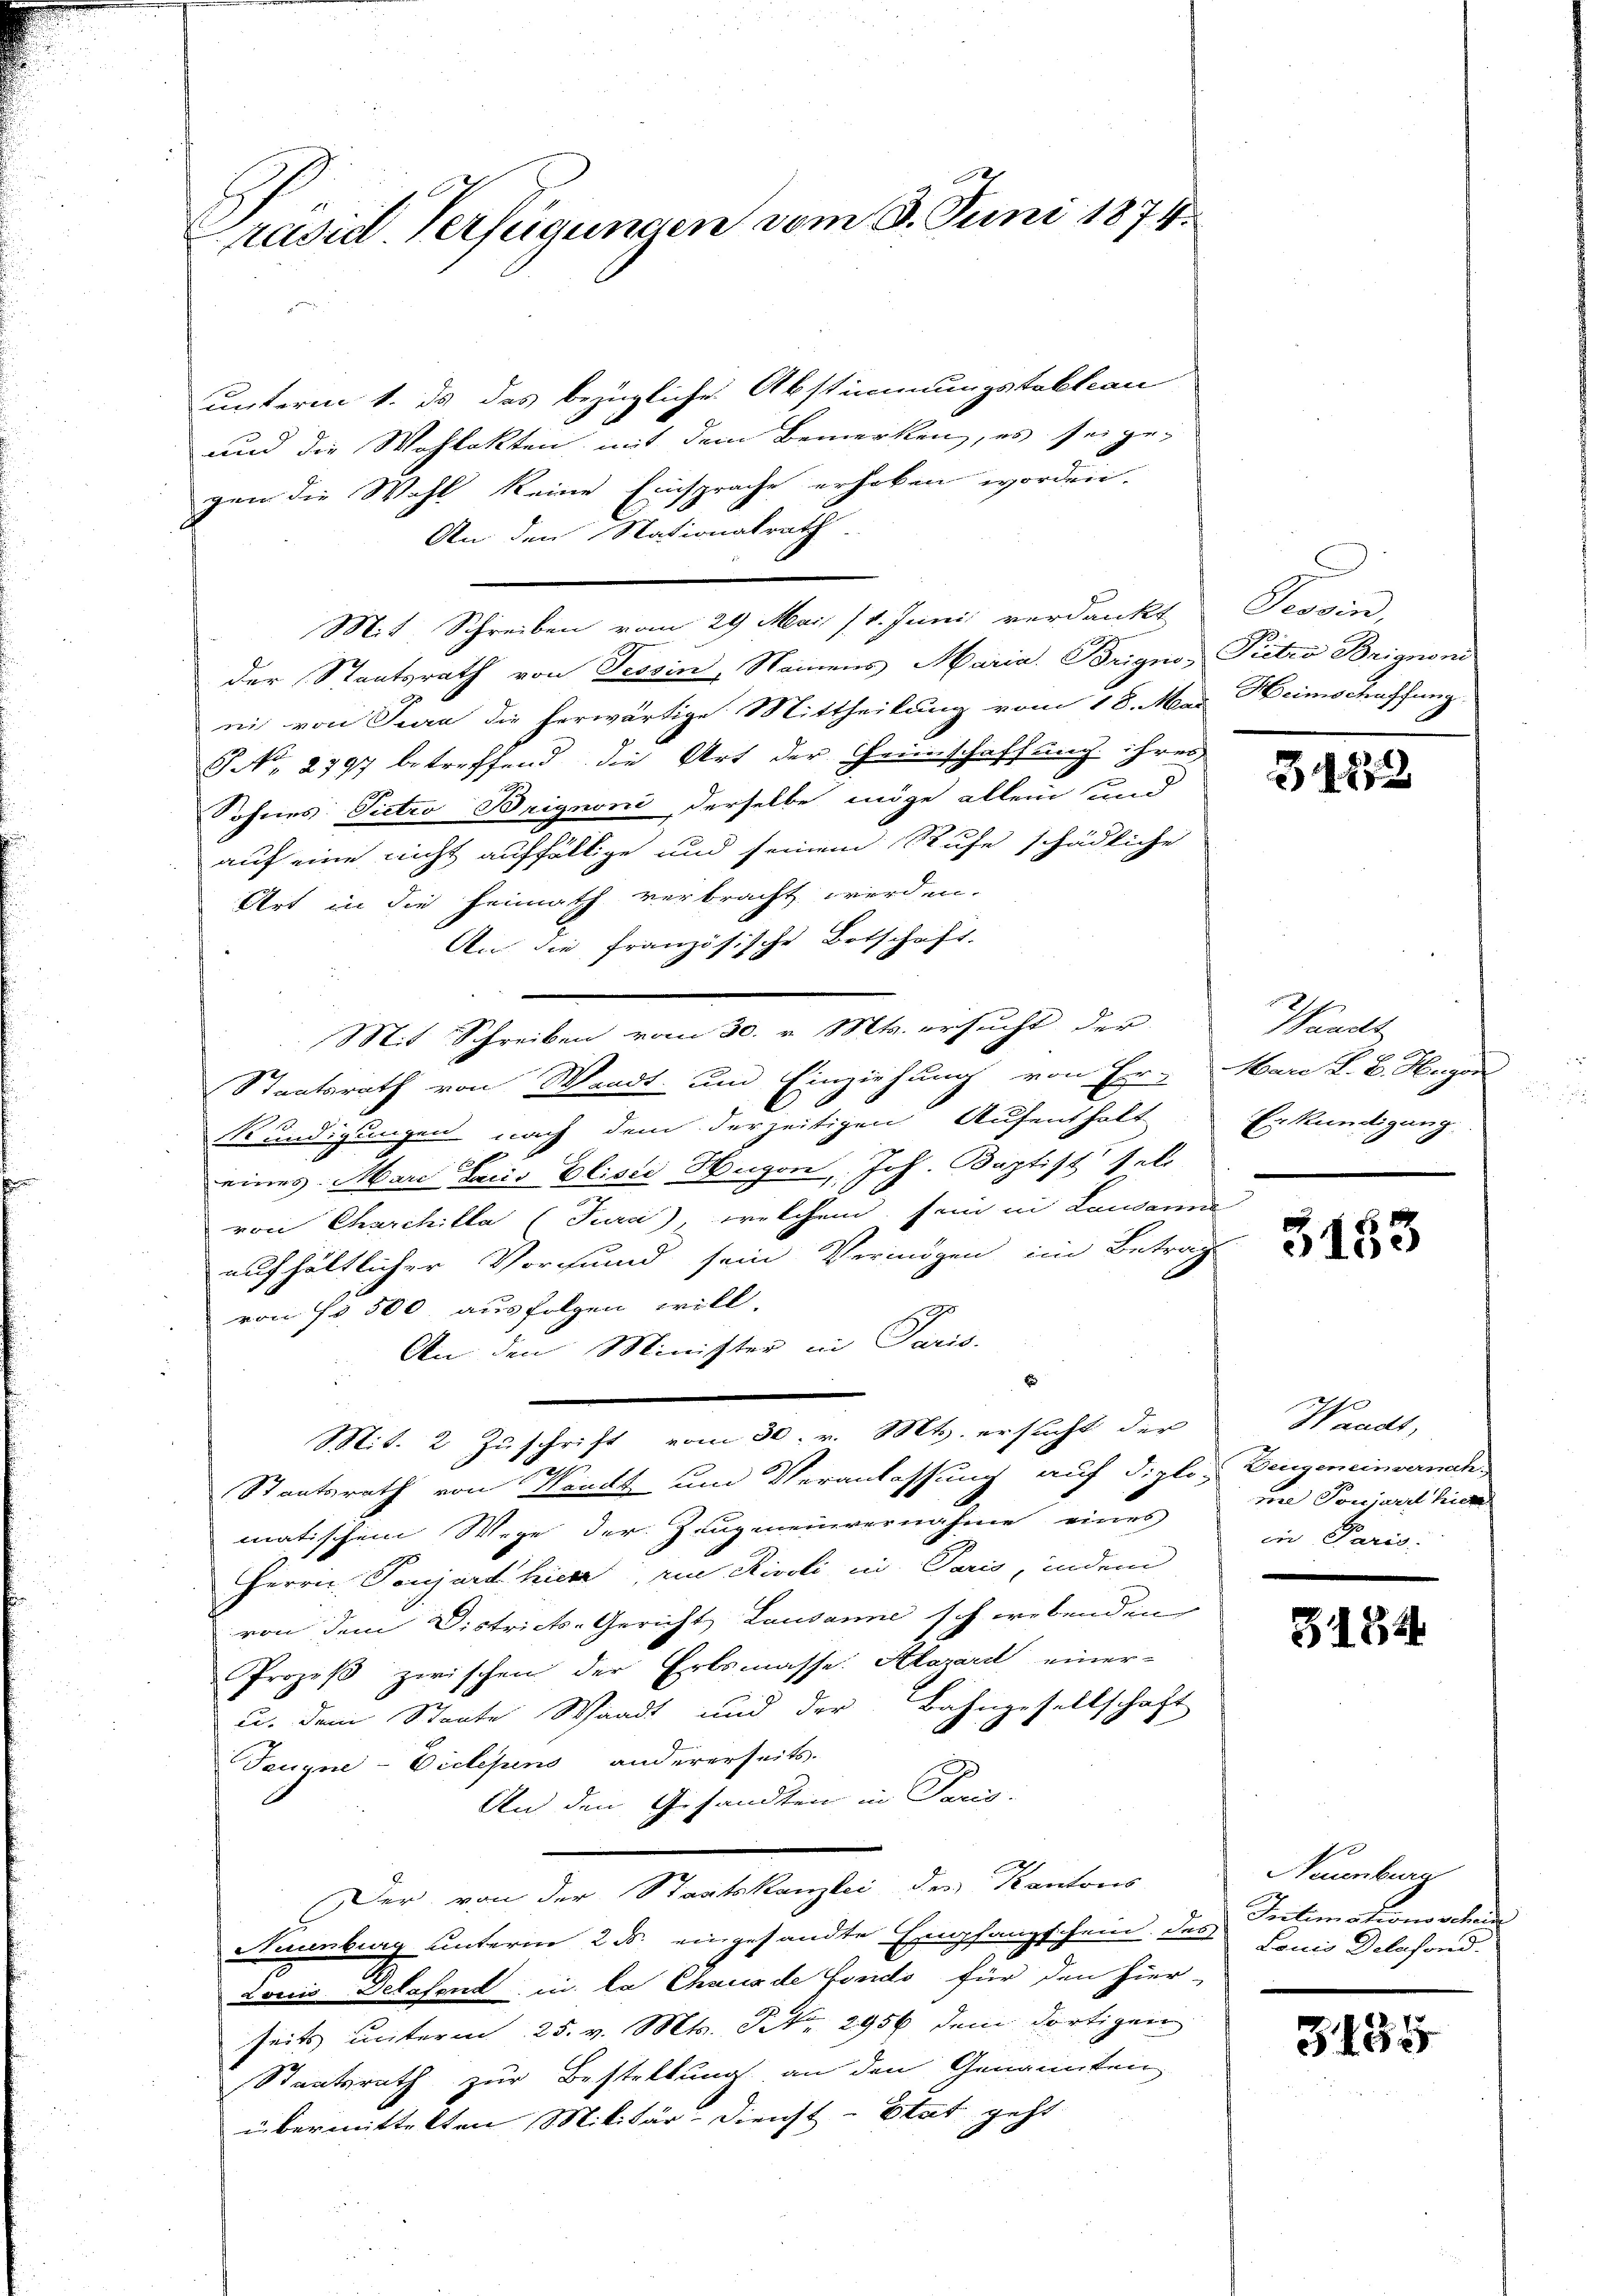
e
räsid. Verfügungen vom 3. Juni 1874.

unterm 1. ds das bezügliche Abstimmungstaktion
und die Wahlakten mit dem Bemerken, es sei ge-
gen die Wahl keine Einsprache erhoben worden.
An den Nationalrath
Mit Schreiben vom 29 Mai (1. Juni verdankt
der Staatsrath von Tessin, Namens Maria Brigno, Pieten Brignon
ni von Jura die herwärtige Mittheilung vom 18. Mai Heimschaffung
S NNo. 2797 betreffend die Art der Heimschaffung ihres
Sohnes: Pietro Brignoni, derselbe möge allein und
auf eine nicht auffällige und seinem Rufe schädliche
Art in die Heimath verbracht werden.
An die französische Botschaft.
Mit Schreiben vom 30. v. Mts. ersucht der
Staatsrath von Waadt und Einziehung von Er- Mare L. B. Hugen
Kundigungen nach dem derzeitigen Aufenthalt
eines Mare dans Plisić Hugen, Joh. Baptist sel
von Charchilla (Tura, welchem sein in Lausanne
aufhältlicher Vormund sein Vermögen im Betrag
von Fr. 500 ausfolgen will.
An den Minister in Paris.
Mit. 2 Zŭschrift vom 30. v. Mts. ersucht der Waadt,
Ich
Staatsrath von Waadt um Veranlassung auf diplo: Dengeneinvernach
matischem Wege der Zeugmeinvernahme eines
Herrn Ponjard hiere, eine Rivoli in Paris, indem
von dem Districts-Gericht Lausanne schwebenden
Prozeß zwischen der Erbsmasse. Alazard einer-
u. dem Staate Waadt und der Bahngesellschaft
Taugne-Vielesens andererseits.
An den Gesandten in Paris.
Der von Kantons
Niuenburg unterm 2. ds. eingesandte Empfangschein des Lonis Delafond.
Louis Delafend in la Chaus de Fonds für den hier-
seits unterm 25. v. Mts. Frk. 2956 dem dortigen
Staatsrath zur Bestellung an den Genannten
übermittelten Militär-Dienst-Etat geht

Tessin,

31872

Waadt
Erkundigung.

5153

ooe Ponjurit hier
in Paris:
|

5184

Neuenburg
Intimationsscheine

3435